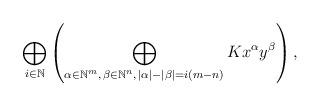
LaTeX: \begin{align*}\bigoplus_{i \in \mathbb N} \left(\bigoplus_{\alpha \in \mathbb N^{m},\, \beta \in \mathbb N^{n},\, |\alpha| - |\beta|=i(m-n)} Kx^{\alpha}y^{\beta}\right),\end{align*}